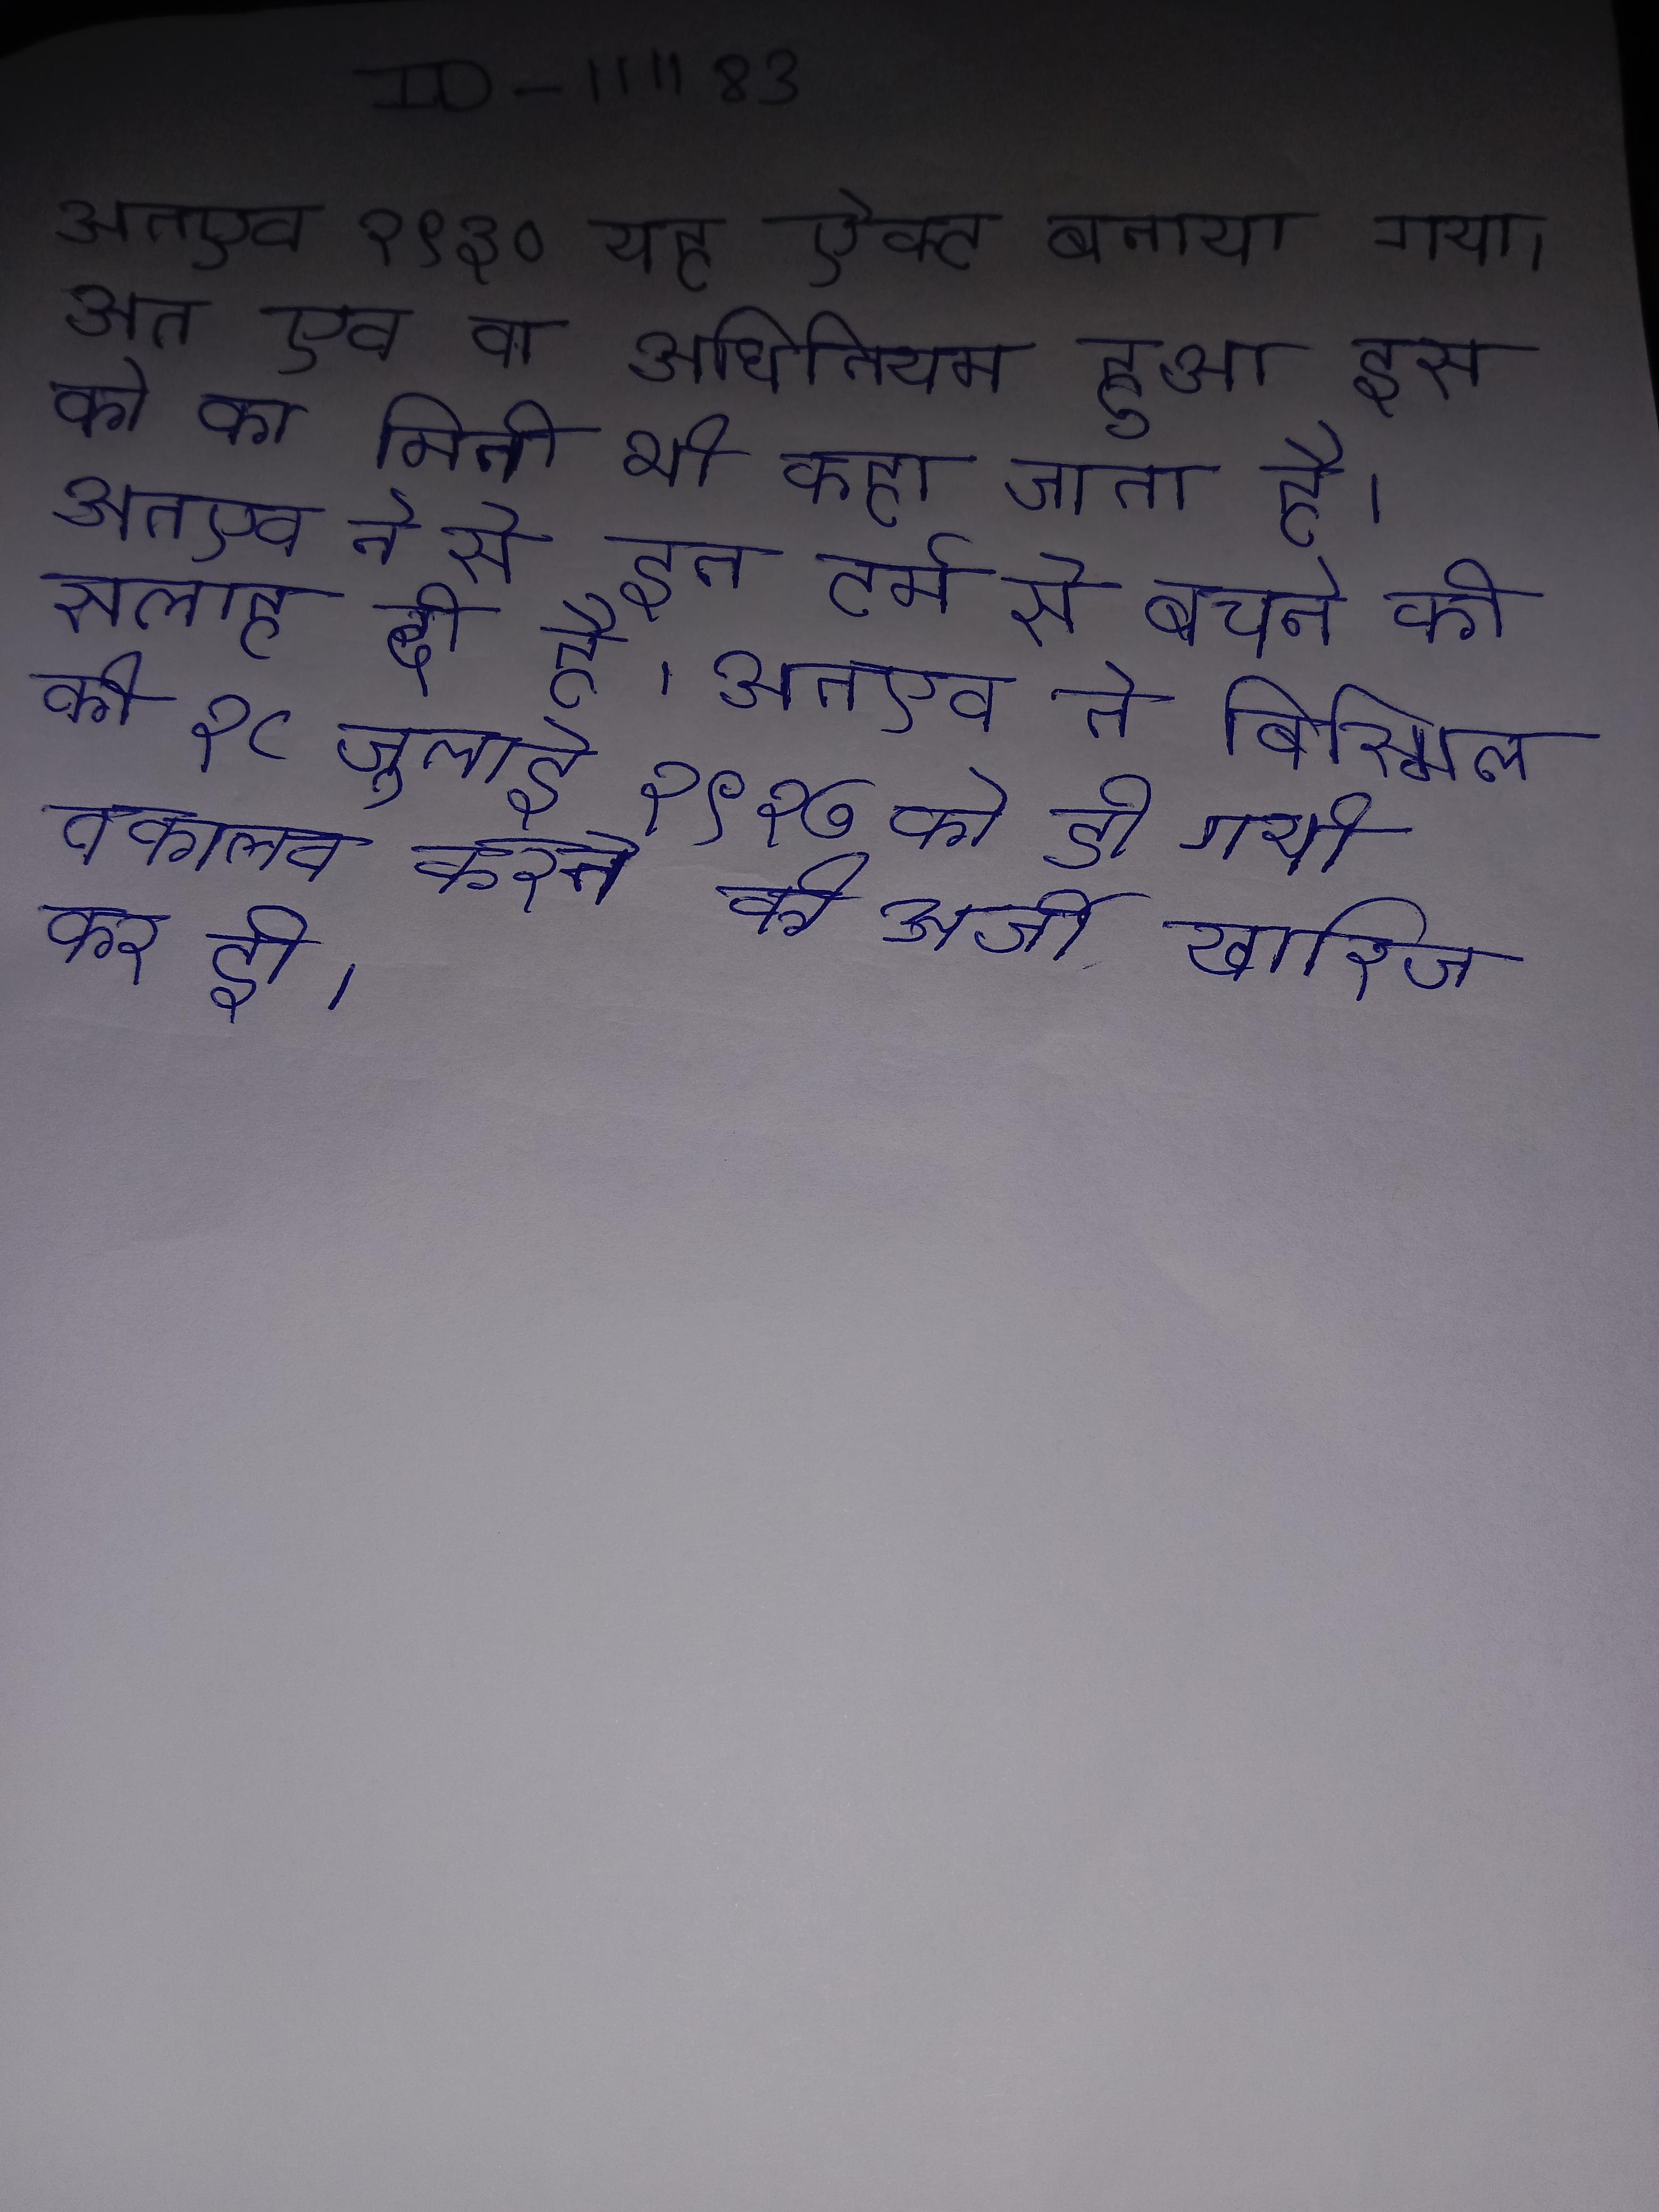
अतएव १९३० यह ऐक्ट बनाया गया । अत एव वा अधिनियम हुआ इस को का मिनी भी कहा जाता है । अतएव ने से इन टर्म से बचने की सलाह दी है । अतएव अदालत ने बिस्मिल की १८ जुलाई १९२७ को दी गयी वकालत करने की अर्जी खारिज कर दी ।